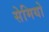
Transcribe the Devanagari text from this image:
सेमियो